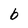
Character: b